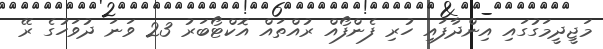
މަޖީދީމަގުގައި އިންދާފައި ހުރި ފެންފޯއް ރުއްތައް އޮކްޓޯބަރު 23 ވަނަ ދުވަހުގެ ރޭ